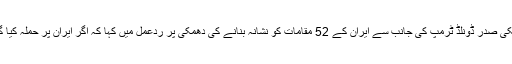
دوسری جانب ایران کے رکن اسمبلی ابو الفضل ابو ترابی نے امریکی صدر ڈونلڈ ٹرمپ کی جانب سے ایران کے 52 مقامات کو نشانہ بنانے کی دھمکی پر ردعمل میں کہا کہ اگر ایران پر حملہ کیا گیا تو جوابی کارروائی میں امریکی سرزمین پر حملہ کیا جائے گا۔